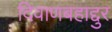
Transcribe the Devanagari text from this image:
दिवाणबहाद्दुर